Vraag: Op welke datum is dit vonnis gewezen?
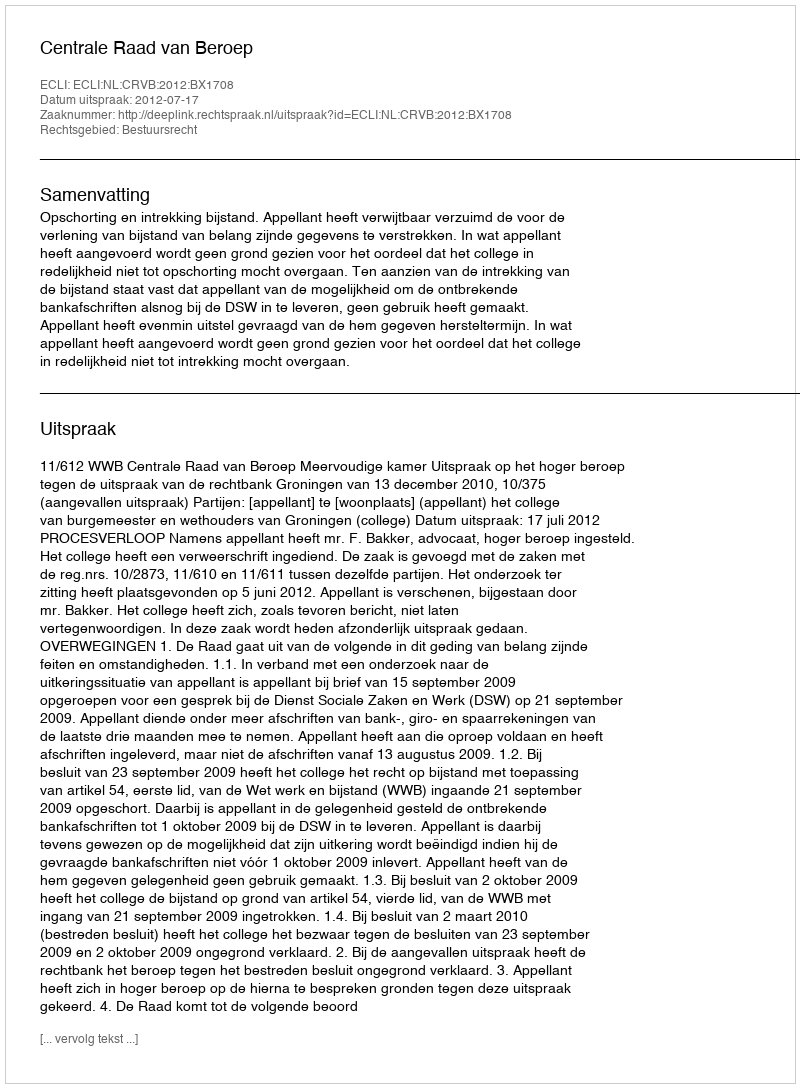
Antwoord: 2012-07-17